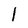
Character: 1